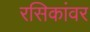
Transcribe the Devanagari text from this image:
रसिकांवर